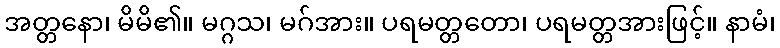
အတ္တနော၊ မိမိ၏။ မဂ္ဂသ၊ မဂ်အား။ ပရမတ္တတော၊ ပရမတ္တအားဖြင့်။ နာမံ၊